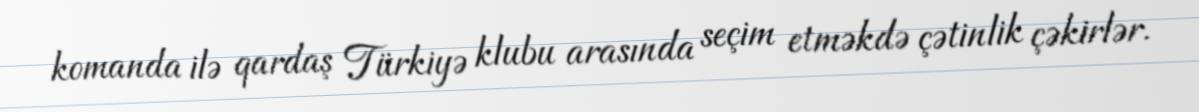
komanda ilə qardaş Türkiyə klubu arasında seçim etməkdə çətinlik çəkirlər.